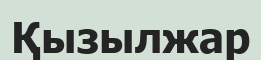
Қызылжар